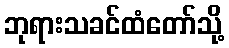
ဘုရားသခင်ထံတော်သို့